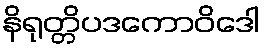
နိရုတ္တိပဒကောဝိဒေါ